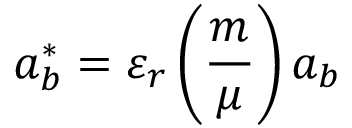
a _ { b } ^ { * } = \varepsilon _ { r } \left( { \frac { m } { \mu } } \right) a _ { b }